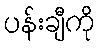
ပန်းချီကို